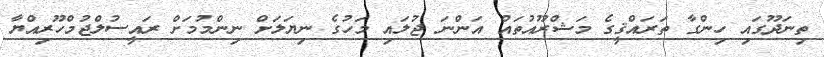
ތިނަދޫގައި ހިންގާ ތަރައްޤީގެ މަޝްރޫއުތައް އަންނަ ޖުލައި މަހުގެ ނިޔަލަށް ނިންމުމަށް ރައީސުލްޖުމްހޫރިއްޔާ